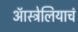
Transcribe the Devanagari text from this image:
ऑस्ट्रेलियाचं